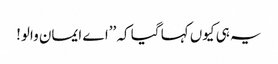
یہ ہی کیوں کہا گیا کہ ’’اے ایمان والو!